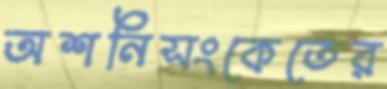
অশনিসংকেতের